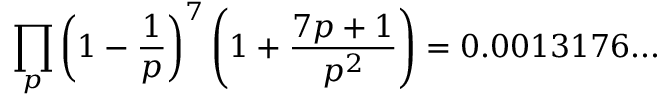
\prod _ { p } \left( 1 - { \frac { 1 } { p } } \right) ^ { 7 } \left( 1 + { \frac { 7 p + 1 } { p ^ { 2 } } } \right) = 0 . 0 0 1 3 1 7 6 . . .